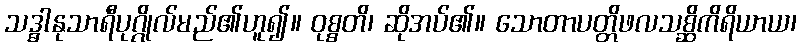
သဒ္ဓါနုသာရီပုဂ္ဂိုလ်မည်၏ဟူ၍။ ဝုစ္စတိ၊ ဆိုအပ်၏။ သောတာပတ္တိဖလသစ္ဆိကိရိယာယ၊